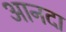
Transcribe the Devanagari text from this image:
आनदा